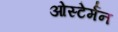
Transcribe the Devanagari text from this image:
ओस्टेर्मन